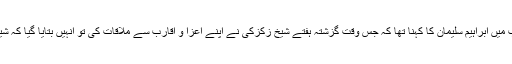
مہرنیوز کے نامہ نگار کے ایک سوال کے جواب میں ابراہیم سلیمان کا کہنا تھا کہ جس وقت گزشتہ ہفتے شیخ زکزکی نے اپنے اعزا و اقارب سے ملاقات کی تو انہیں بتایا گیا کہ شیخ زکزکی کو کئی مرتبہ مسموم سیب دیا گیا ہے۔